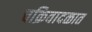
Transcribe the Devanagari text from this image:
चक्रिवादळात